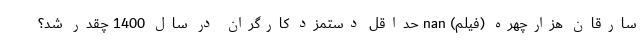
سارقان هزارچهره (فیلم) nan حداقل دستمزد کارگران در سال 1400 چقدر شد؟